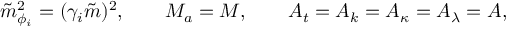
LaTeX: \tilde { m } _ { \phi _ { i } } ^ { 2 } = ( \gamma _ { i } \tilde { m } ) ^ { 2 } , \qquad M _ { a } = M , \qquad A _ { t } = A _ { k } = A _ { \kappa } = A _ { \lambda } = A ,